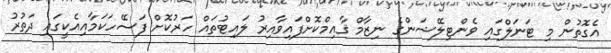
އެގޮތުން މި ޓަނަލްގައި ވެންޓިލޭޝަންގެ ނިޒާމް ޤާއިމްކޮށްފައިވާއިރު ލައިޓުތައް ހަރުކޮށް ފަސޭހަކަމާއިއެކީގައި ދަތުރު